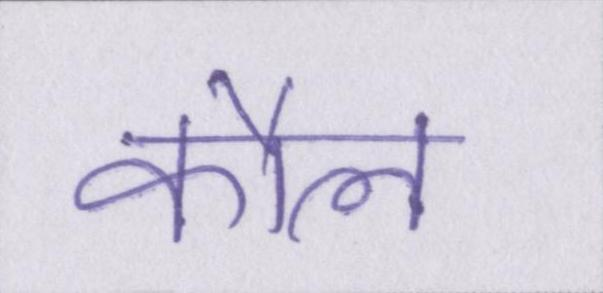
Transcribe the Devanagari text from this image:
कौल